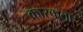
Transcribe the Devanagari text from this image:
कारकता